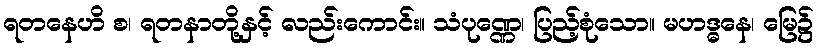
ရတနေဟိ စ၊ ရတနာတို့နှင့် လည်းကောင်း။ သံပုဏ္ဏေ၊ ပြည့်စုံသော။ မဟဒ္ဓနေ၊ မြေ၌